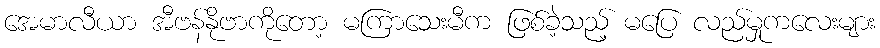
အေမာလီယာ အီဗန်နိုဗာကိုတော့ မကြာသေးမီက ဖြစ်ခဲ့သည့် မပြေ လည်မှုကလေးများ